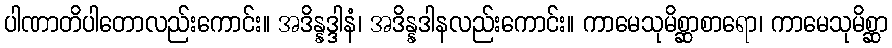
ပါဏာတိပါတောလည်းကောင်း။ အဒိန္နဒ္ဒါနံ၊ အဒိန္နဒါနလည်းကောင်း။ ကာမေသုမိစ္ဆာစာရော၊ ကာမေသုမိစ္ဆာ